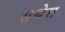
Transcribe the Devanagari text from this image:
सुथेस